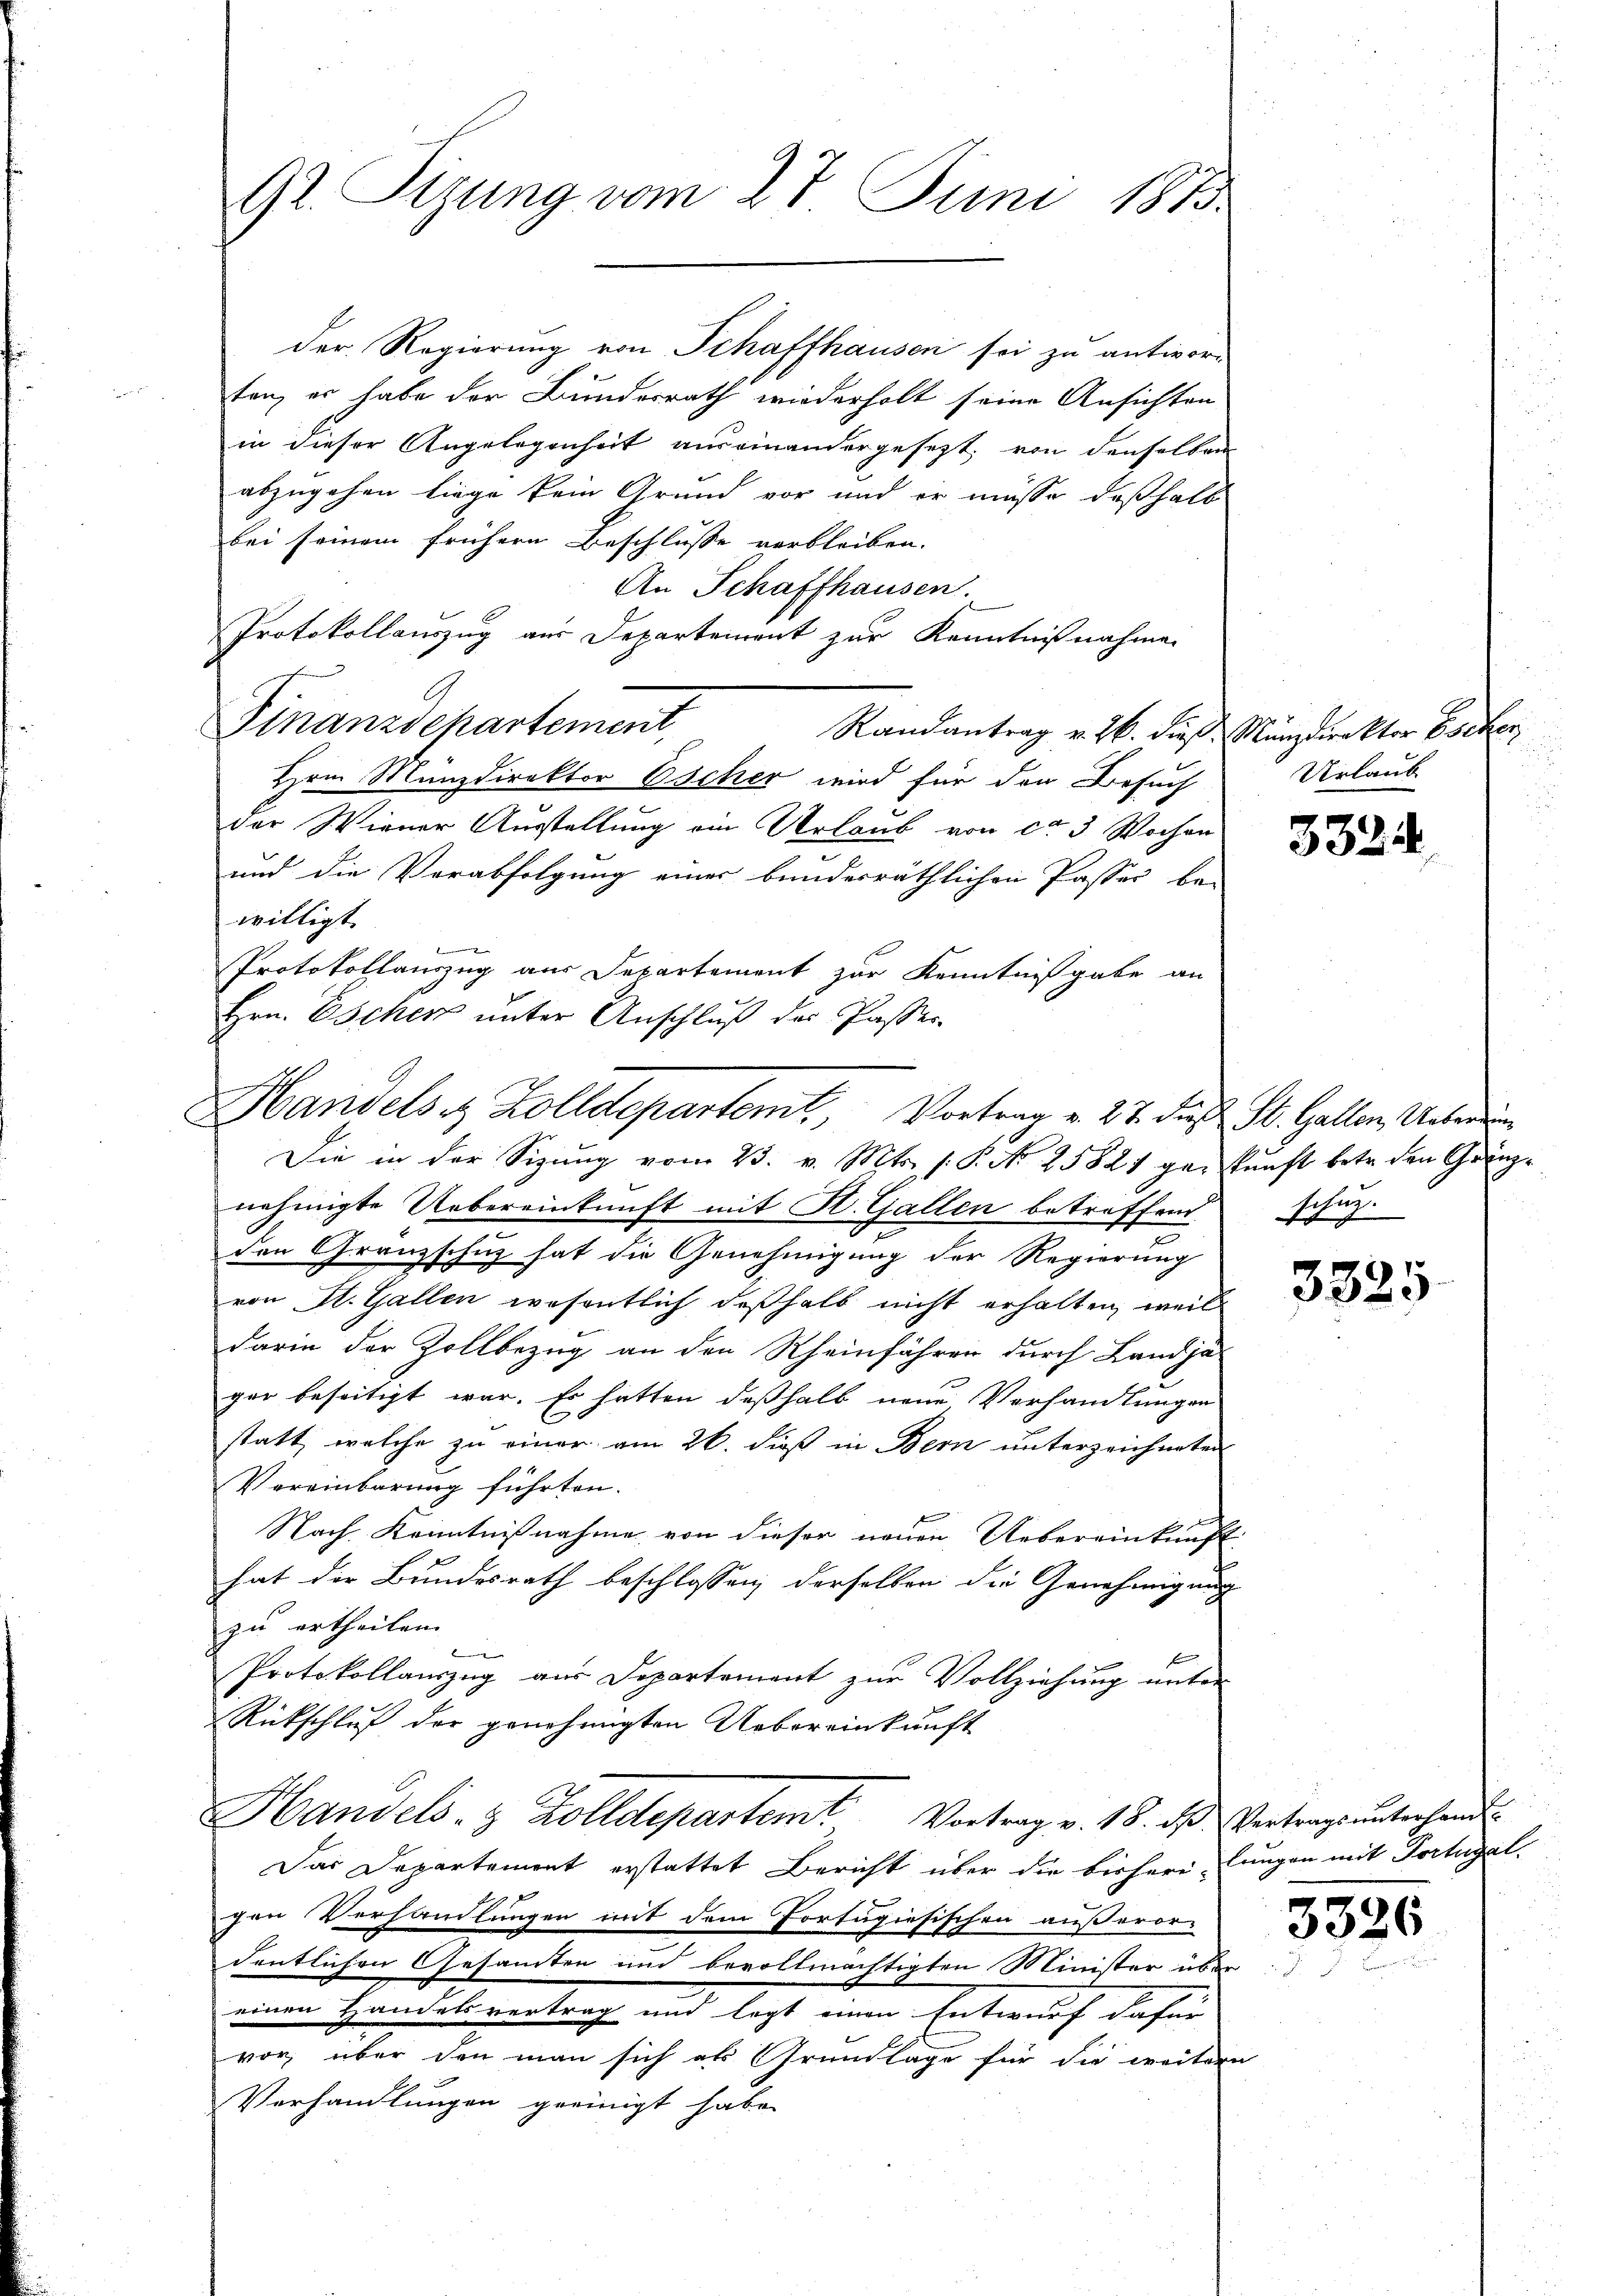
der Regierung von Schaffhausen sei zu antwor-
ten, er habe der Bundesrath wiederholt seine Ansichten
in dieser Angelegenheit auseinandergesezt, von denselben
abzugehen liege kein Grund vor und er müsse deßhalb
bei seinem frühern Beschlusse verbleiben.
An Schaffhausen.
Protokollauszug aus Departement zur Kenntnißnahmen
Finanzdepartement,
Randantrag v. 26. dieß, Münzdirektor Escher
Hrn. Münzdirektor Escher wird für den Besuch
der Wiener Ausstellung ein Urlaub von ca 3 Wochen
und die Verabfolgung eines bundesräthlichen Passes be-
willigt.

Protokollanzug aus Departement zur Kenntnißgabe an
Hrn. Eschen unter Anschluß der Passer-

92. Sizung vom 27. Juni 1873.

Handels & Zolldepartamt, Vortrag v. 27. Das St. Gallen, Unter
Die in der Sizung vom 23. v. Mts. (: P. No 2582 ge-kunft betr. den Gränz¬

nehmigte Uebereinkunft mit H. Gallen betreffend schutz-
2
den Gränzschuz hat die Genehmigung der Regierung
von St. Gallen wesentlich deßhalb nicht erhalten, weil
darin der Zollbezug an den Rheinführen durch Landjä
ger beseitigt war. Es hatten deßhalb neue Verhandlungen
statt, welche zu einer am 26. dieß in Bern unterzeichneten
Vereinbarung führten.
Nach Kenntnißnahme von dieser neuen Uebereinkunft
hat der Bundesrath beschlossen derselben die Genehmigung
zu ertheilen.
Protokollauszug aus Departement zur Vollziehung unter
Rückschluß der genehmigten Uebereinkunft
Handels- & Zolldepartemt Vortrag v. 18. ds Vertrags unterhandl
Das Departement erstattet Bericht über die bisheri lungen mit Portugal.
gen Verhandlungen mit dem Portugiesischen außeror-
dentlichen Gesamten und bevollmächtigten Minister über
einen Handelsvertrag und legt einen Entwurf dafür
vor über den man sich als Grundlage für die weitern
Verhandlungen geeinigt habe.

Urlaub

3324

3325

3326